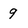
Character: 9